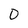
Character: 0